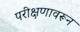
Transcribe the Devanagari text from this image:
परीक्षणावरून